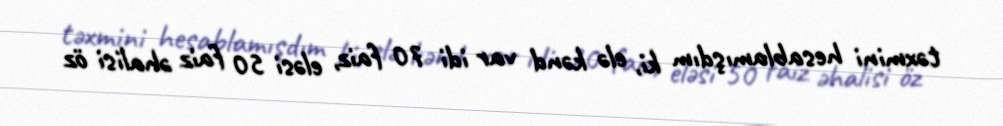
təxmini hesablamışdım ki, elə kənd var idi 70 faiz, eləsi 50 faiz əhalisi öz